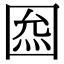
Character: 𡇺